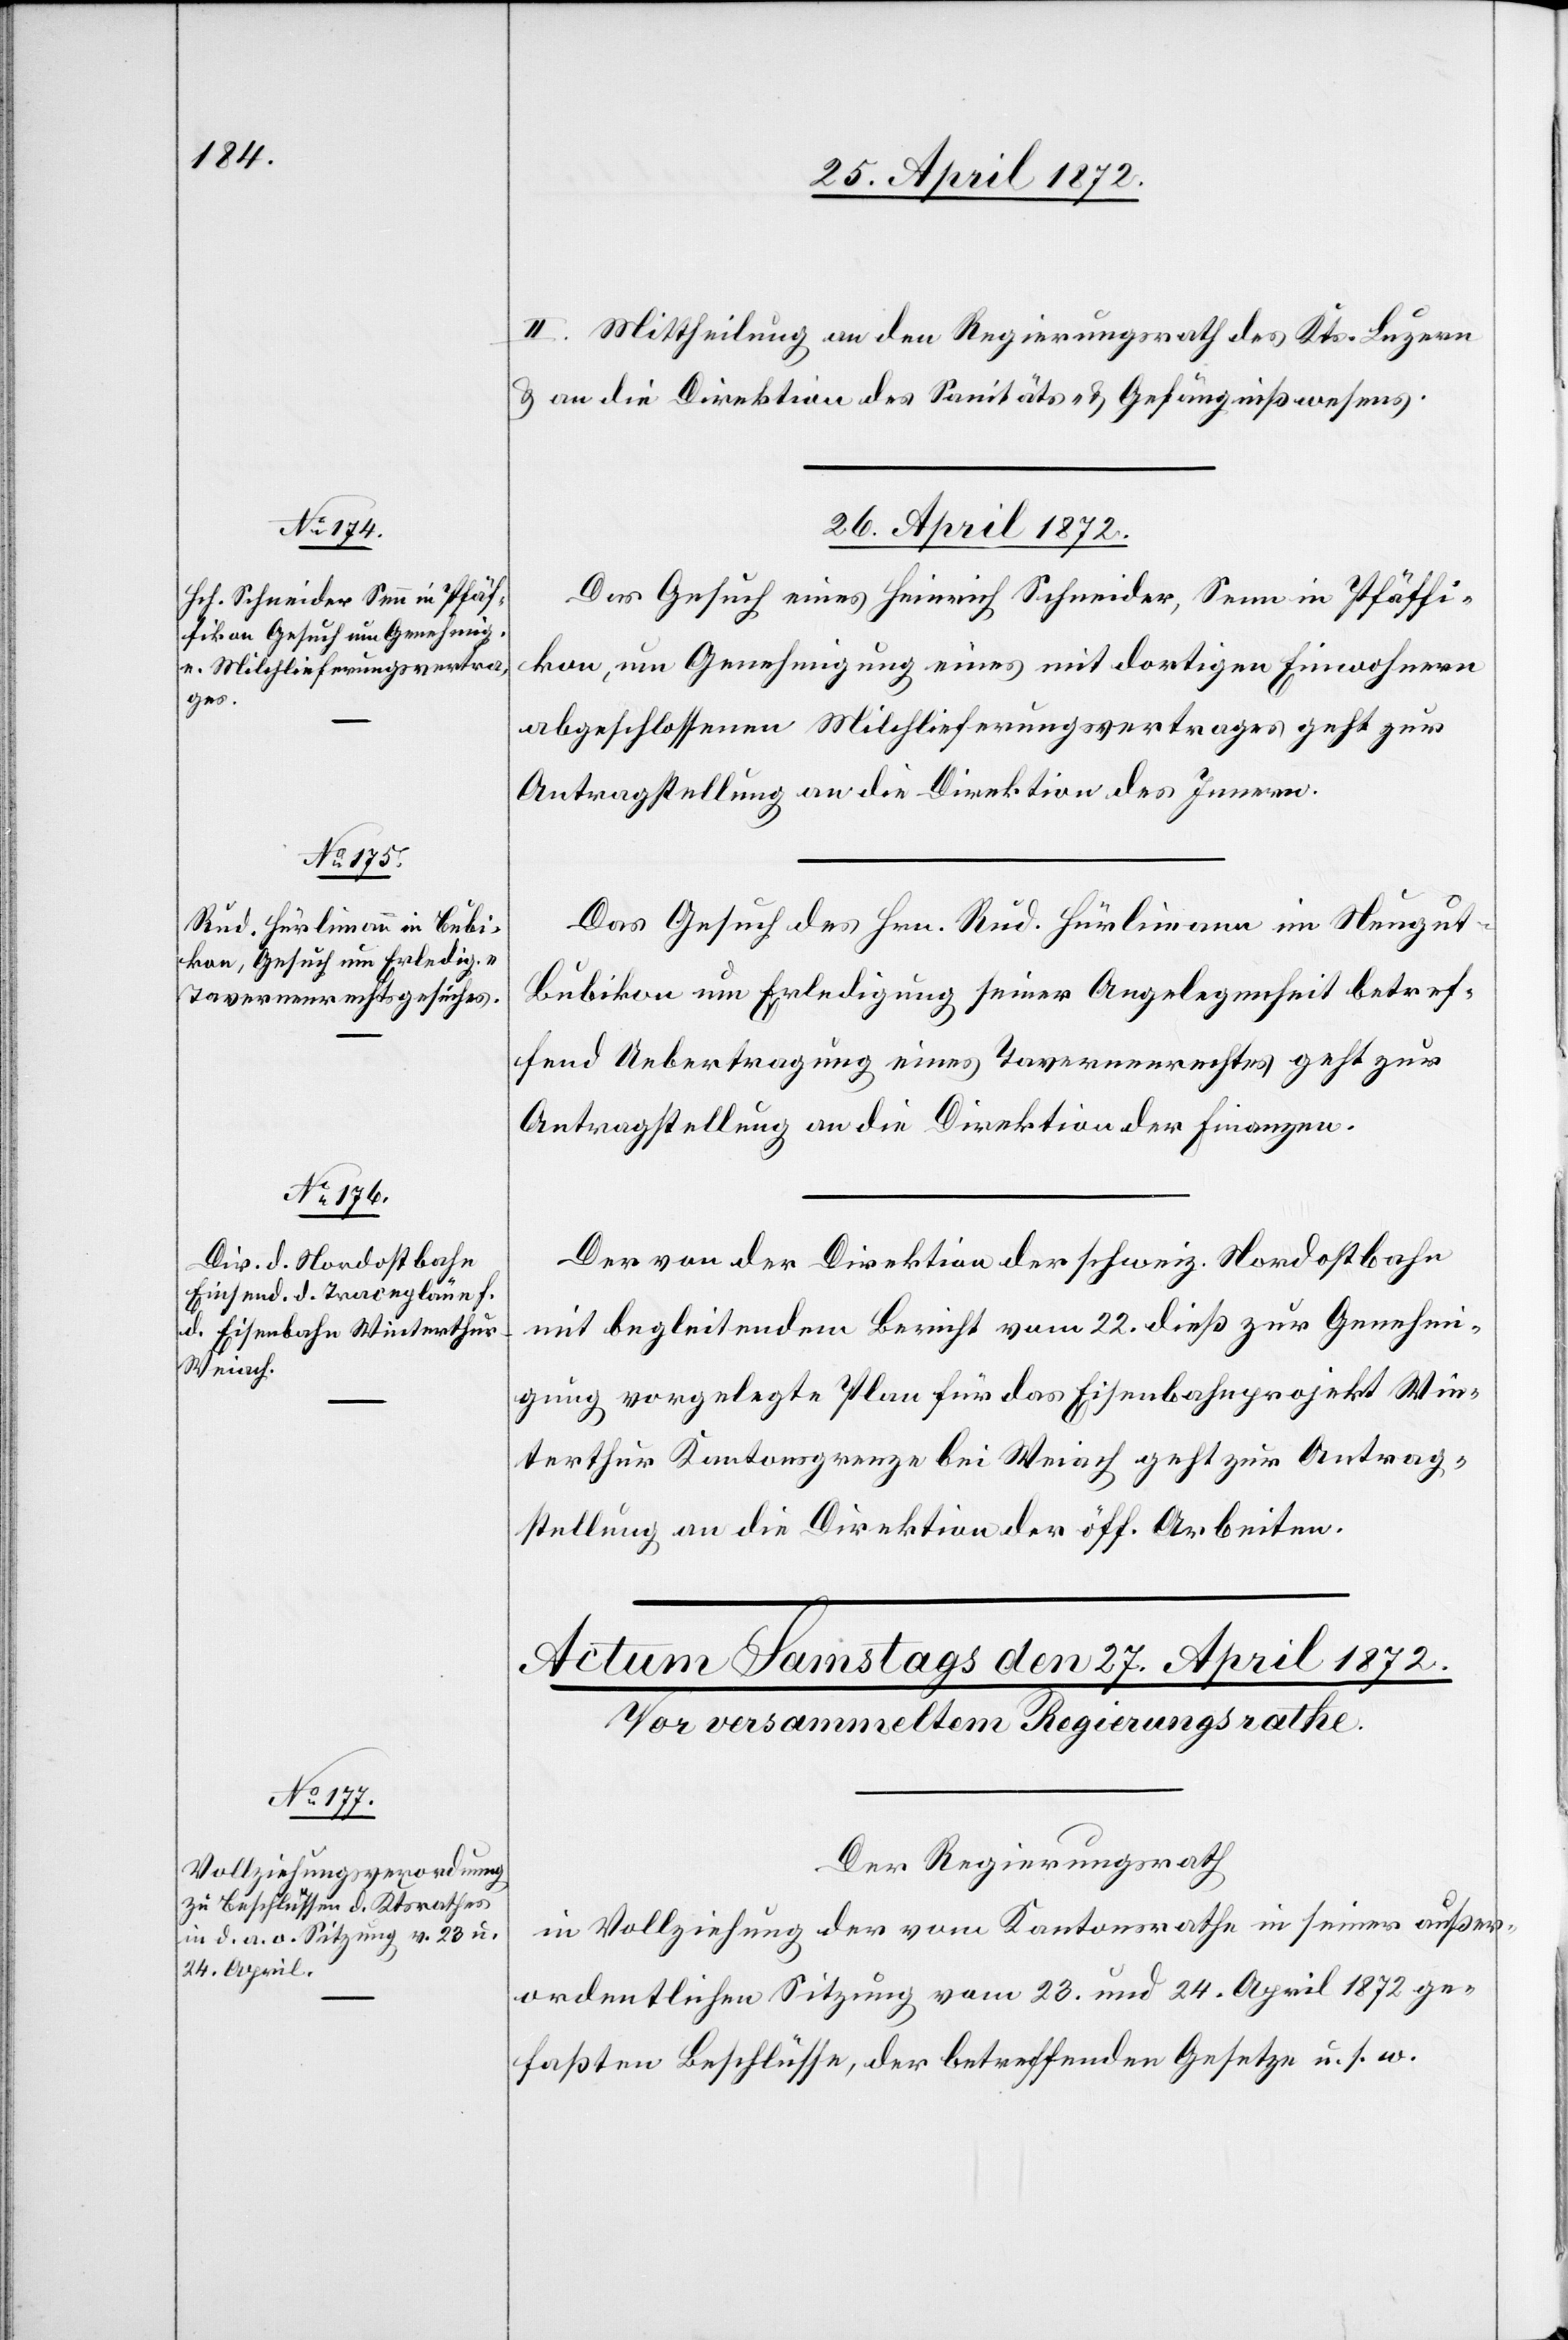
II. Mittheilung an den Regierungsrath des Kts. Luzern
u. an die Direktion des Sanitäts- u. Gefängnißwesens.
26. April 1872.]
Das Gesuch eines Heinrich Schneider, Senn in Pfäffi¬
kon, um Genehmigung eines mit dortigen Einwohnern
abgeschlossenen Milchlieferungsvertrages geht zur
Antragstellung an die Direktion des Innern.
Das Gesuch des Hrn. Rud. Hürlimann im Neugu¬
t-Bubikon um Erledigung seiner Angelegenheit betref¬
fend Uebertragung eines Tavernenrechtes geht zur
Antragstellung an die Direktion der Finanzen.
Der von der Direktion der schweiz. Nordostbahn
mit begleitendem Bericht vom 22. dieß zur Genehmi¬
gung vorgelegte Plan für das Eisenbahnprojekt Win¬
terthur Kantonsgrenze Weiach geht zur Antrag¬
stellung an die Direktion der öff. Arbeiten.
Der Regierungsrath
in Vollziehung der vom Kantonsrathe in seiner außer¬
ordentlichen Sitzung vom 23. und 24. April 1872 ge¬
faßten Beschlüsse, der betreffenden Gesetze u. s. w.